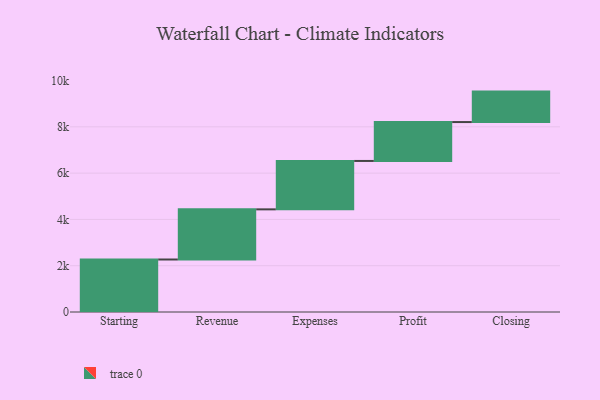
{"axis": {"x": "Step", "y": "Value"}, "legend": [""], "data": [{"x": "Starting", "y": 2268.0, "type": ""}, {"x": "Revenue", "y": 2167.0, "type": ""}, {"x": "Expenses", "y": 2091.0, "type": ""}, {"x": "Profit", "y": 1680.0, "type": ""}, {"x": "Closing", "y": 1316.0, "type": ""}]}